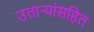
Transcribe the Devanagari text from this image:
उतार्‍यांसहित